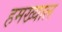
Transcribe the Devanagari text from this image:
हमख्याल